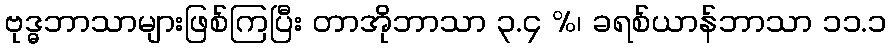
ဗုဒ္ဓဘာသာများဖြစ်ကြပြီး တာအိုဘာသာ ၃.၄ %၊ ခရစ်ယာန်ဘာသာ ၁၁.၁